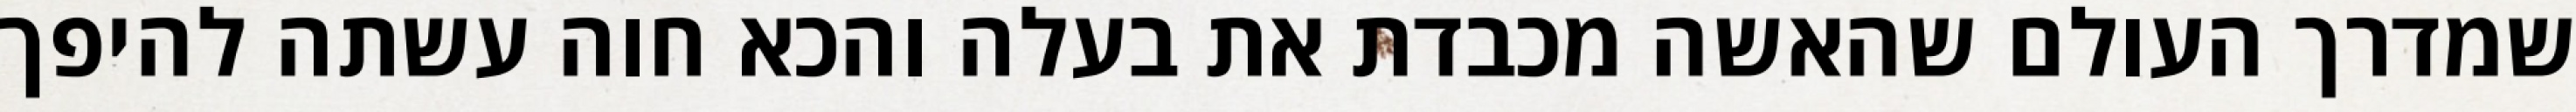
שמדרך העולם שהאשה מכבדת את בעלה והכא חוה עשתה להיפך